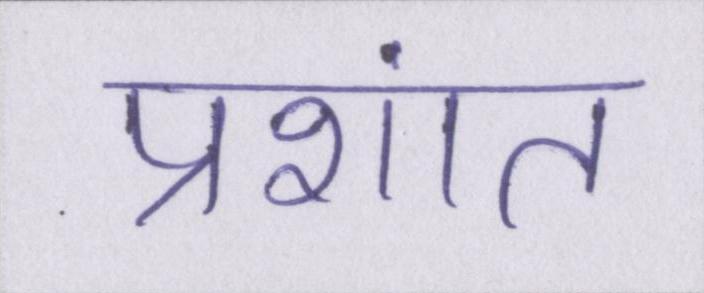
प्रशांत